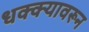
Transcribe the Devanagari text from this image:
धक्क्यावरून